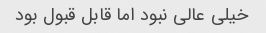
خیلى عالى نبود اما قابل قبول بود